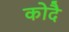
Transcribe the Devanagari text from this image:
कोदै